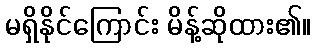
မရှိနိုင်ကြောင်း မိန့်ဆိုထား၏။